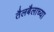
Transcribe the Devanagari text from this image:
तैलबैलाच्या